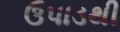
ઉપાડથી